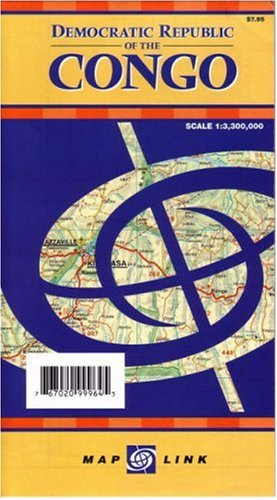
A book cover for Democratic Republic of Congo (Zaire) (English, French and German Edition); Cartographia Kft; Travel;